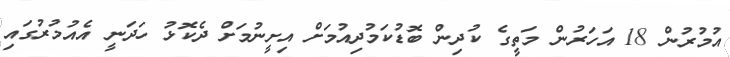
އުމުރުން 18 އަހަރުން މަތީގެ ކުދިން ބޮޑުކަމުދިއުމަށް އިށީނުމަށް ދެކޮޅު ހަދަނީ އެއުމުރުގައި